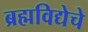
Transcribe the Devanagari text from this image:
ब्रह्मविद्येचे